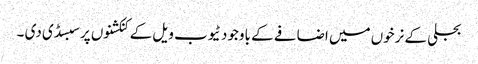
بجلی کے نرخوں میں اضافے کے باوجود ٹیوب ویل کے کنکشنوں پر سبسڈی دی ۔